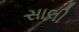
સાલી